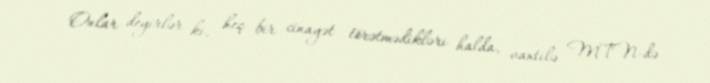
Onlar deyirlər ki, heç bir cinayət törətmədikləri halda, vaxtilə MTN-də